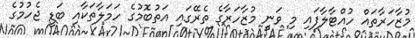
މުޒާހަރާތައް ހުއްޓާލާފައި މި ވަނީ މުޒާހަރާގެ ތެރޭގައި އަތުބޮމުގެ ހަމަލާތަކާއި ބަޑީ ޖެހުމުގެ